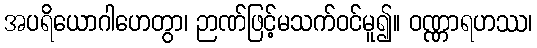
အပရိယောဂါဟေတွာ၊ ဉာဏ်ဖြင့်မသက်ဝင်မူ၍။ ဝဏ္ဏာရဟဿ၊